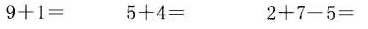
$$9 + 1 =$$ $$5 + 4 =$$ $$2 + 7 - 5 =$$